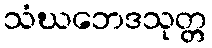
သံဃဘေဒသုတ္တ